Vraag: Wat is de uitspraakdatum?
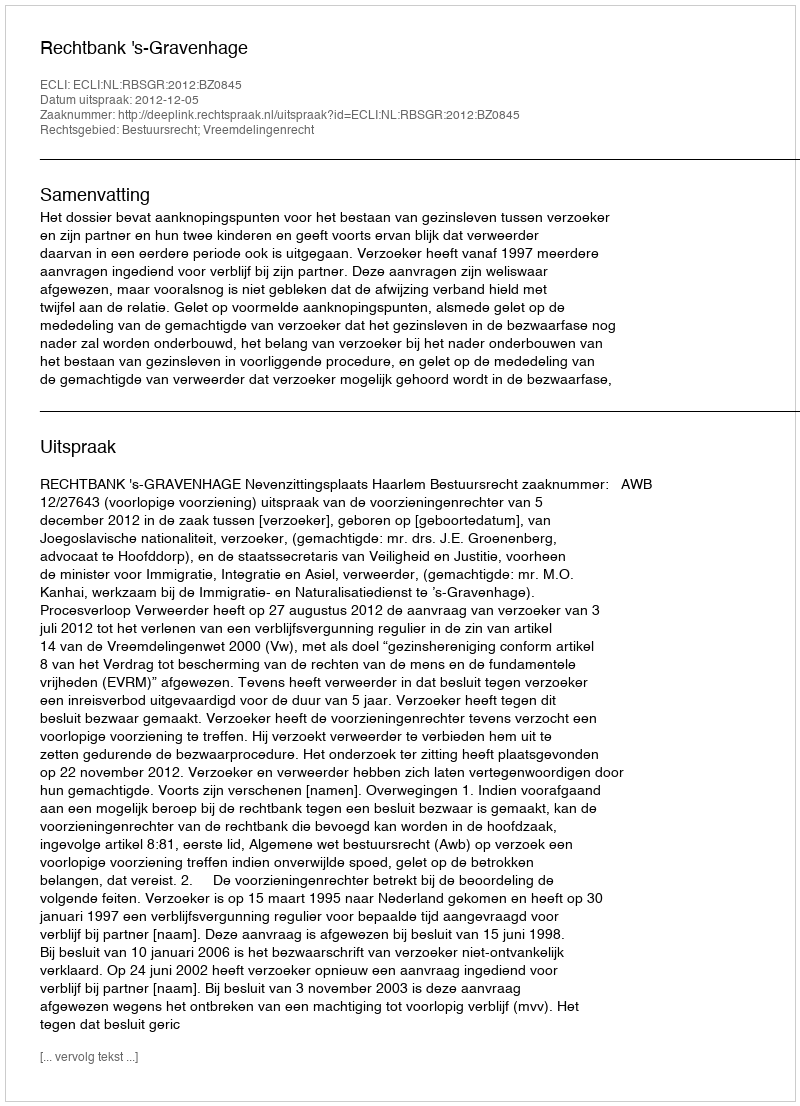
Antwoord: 2012-12-05